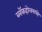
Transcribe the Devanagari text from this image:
ब्लॅकहोलमध्ये